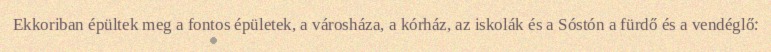
Ekkoriban épültek meg a fontos épületek, a városháza, a kórház, az iskolák és a Sóstón a fürdő és a vendéglő.